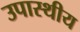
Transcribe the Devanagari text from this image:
उपास्थीय